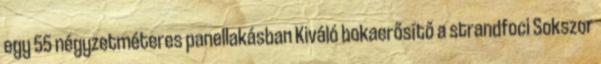
egy 55 négyzetméteres panellakásban Kiváló bokaerősítő a strandfoci Sokszor